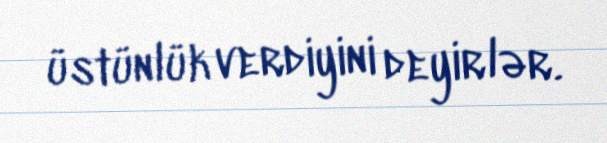
üstünlük verdiyini deyirlər.